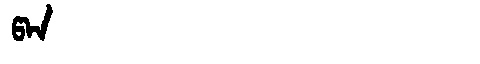
Manchu: ᡦᠠᠨ
Romanization: PAN